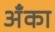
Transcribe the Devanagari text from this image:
अँका